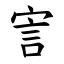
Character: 㝘